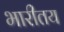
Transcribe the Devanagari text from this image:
भारीतय